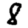
Digit: 8